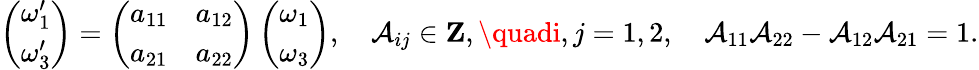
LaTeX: \left(\begin{array}{l}{{\omega_{1}^{\prime}}}\\ {{\omega_{3}^{\prime}}}\end{array}\right)=\left(\begin{array}{ll}{{a_{11}}}&{{a_{12}}}\\ {{a_{21}}}&{{a_{22}}}\end{array}\right)\left(\begin{array}{l}{{\omega_{1}}}\\ {{\omega_{3}}}\end{array}\right),\quad\mathcal{A}_{ij}\in{\mathbf{Z}},\quadi,j=1,2,\quad\mathcal{A}_{11}\mathcal{A}_{22}-\mathcal{A}_{12}\mathcal{A}_{21}=1.